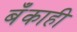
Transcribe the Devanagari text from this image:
बँकाही